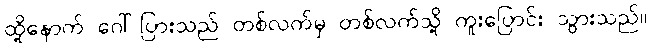
ထို့နောက် ဂေါ်ပြားသည် တစ်လက်မှ တစ်လက်သို့ ကူးပြောင်း သွားသည်။